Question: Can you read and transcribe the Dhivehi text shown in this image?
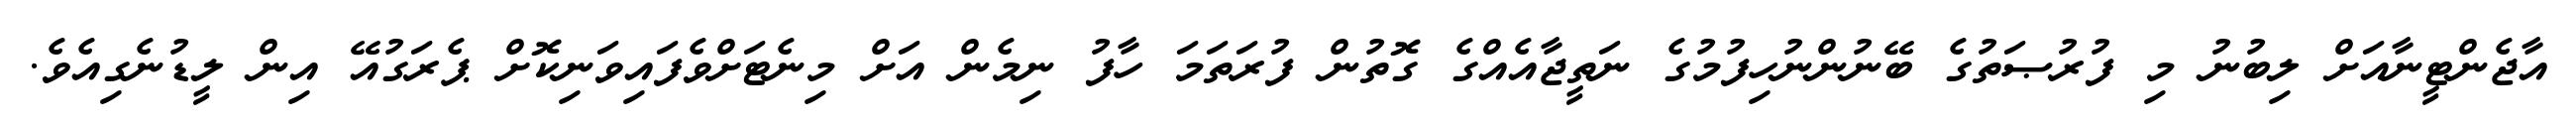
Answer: އާޖެންޓީނާއަށް ލިބުނު މި ފުރުޞަތުގެ ބޭނުންނުހިފުމުގެ ނަތީޖާއެއްގެ ގޮތުން ފުރަތަމަ ހާފު ނިމެން އަށް މިނެޓަށްވެފައިވަނިކޮށް ޕެރަގުއޭ އިން ލީޑުނެގިއެވެ.